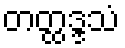
တတ္ထဒ္ဒသံ